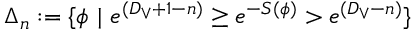
\Delta _ { n } : = \{ \phi \, \, | \, \, e ^ { ( D _ { \vee } + 1 - n ) } \geq e ^ { - S ( \phi ) } > e ^ { ( D _ { \vee } - n ) } \}